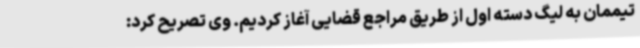
تیممان به لیگ دسته اول از طریق مراجع قضایی آغاز کردیم. وی تصریح کرد: